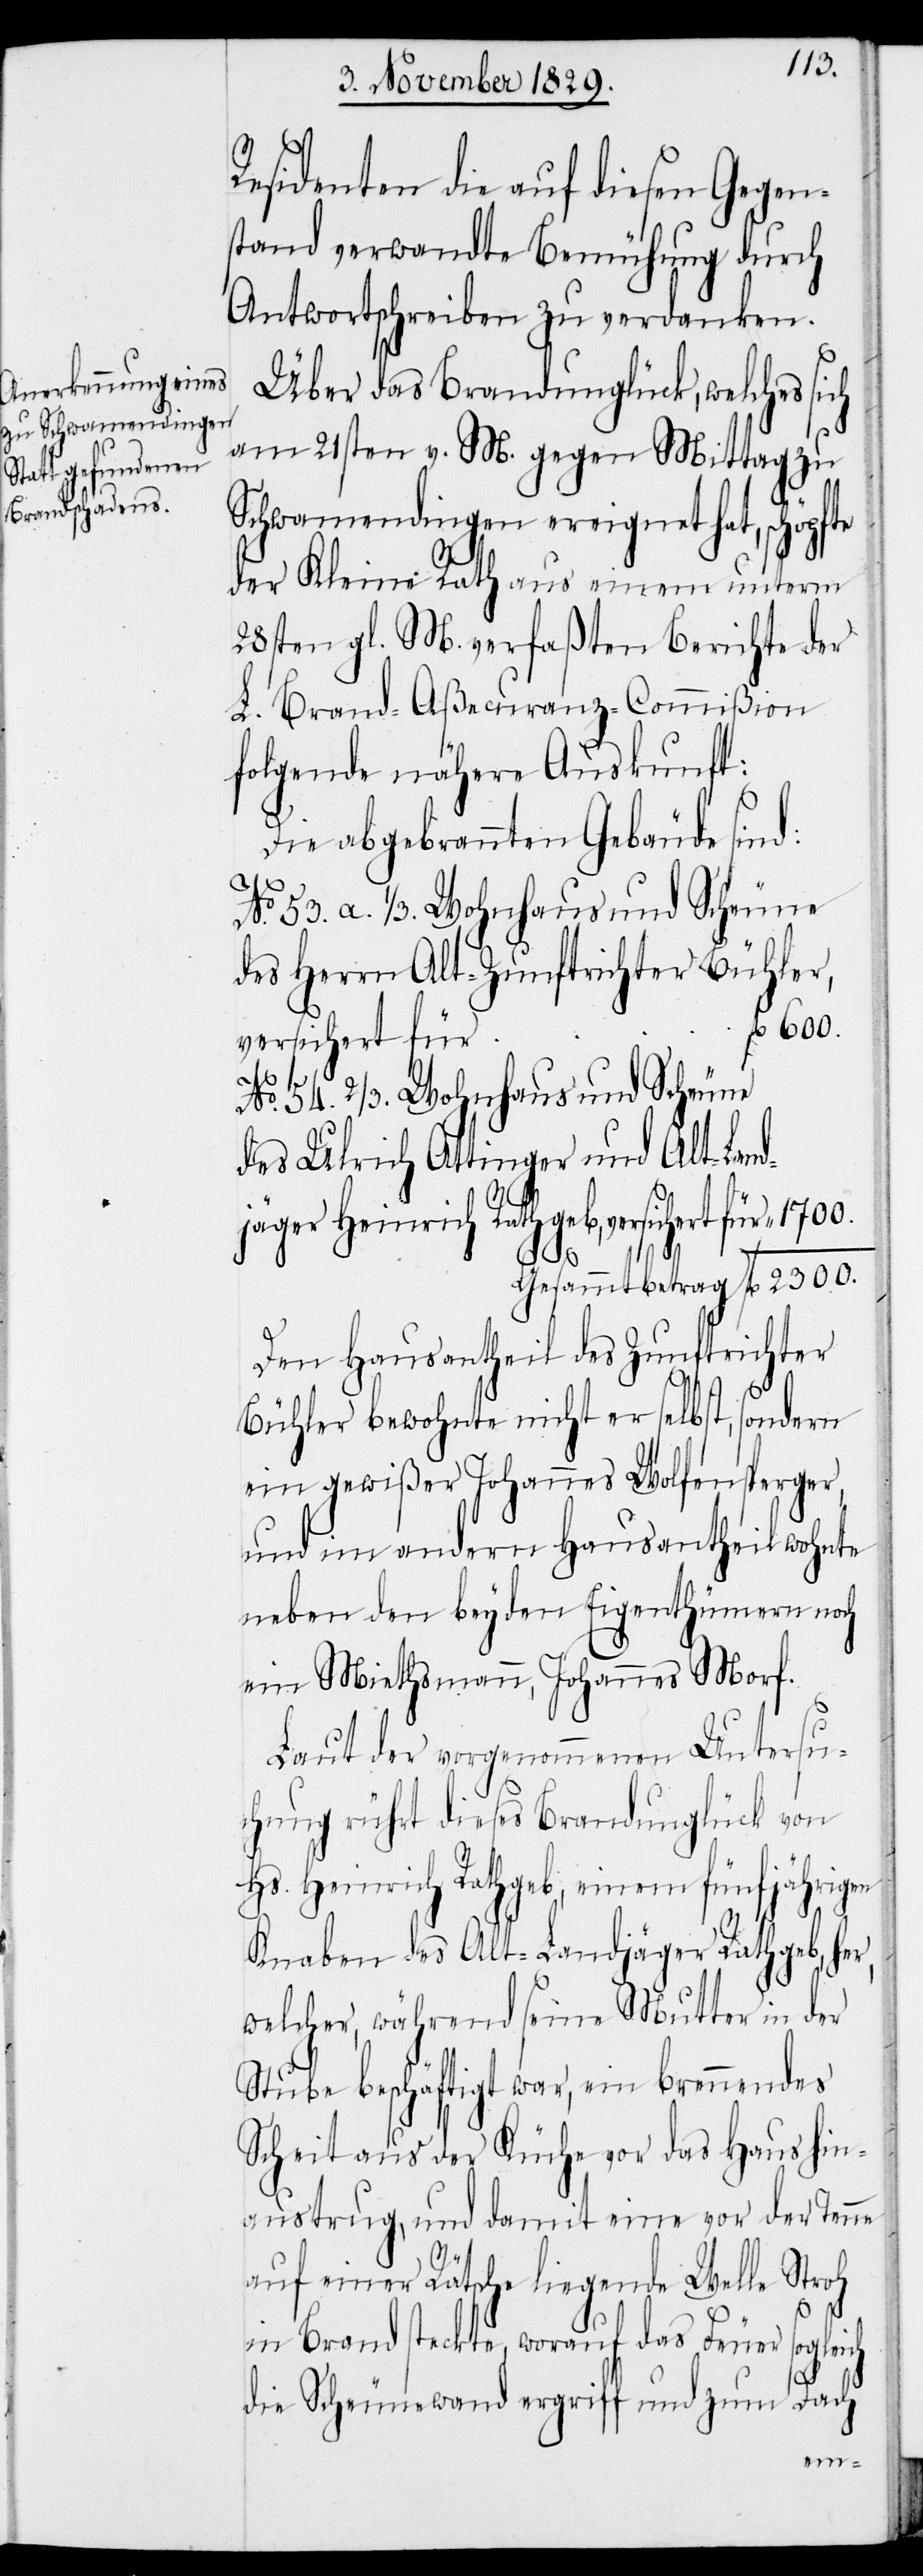
Residenten die auf diesen Gegen¬
stand verwandte Bemühung durch
Antwortschreiben zu verdanken.
Über das Brandunglück, welches sich
am 21sten v. M. gegen Mittag zu
Schwamendingen ereignet hat, schöpfte
der Kleine Rath aus einem unterm
28sten gl. M. verfaßten Berichte der
L. Brand-Aßecuranz-Commißion
folgende nähere Auskunft:
Die abgebrannten Gebäude sind:
No. 53.a. 1/3. Wohnhaus und Scheune
des Herrn Altzunftrichter Bühler,
l. 600.
versichert für		“
No. 54. 2/3. Wohnhaus und Scheune
Gesammtbetrag		“ 2300.
Den Hausantheil des Zunftrichter
Bühler bewohnte nicht er selbst, sondern
ein gewißer Johannes Wolfensperger,
und im andern Hausantheil wohnt
neben den beyden Eigenthümmern noch
ein Miethsmann, Johannes Morf.
Laut der vorgenommenen Untersu¬
chung rührt dieses Brandunglück von
Hs. Heinrich Rathgeb, einem fünfjährigen
Knaben des Alt-Landjäger Rathgeb her,
welcher, während seine Mutter in der
Stube beschäftigt war, ein brennendes
Scheit aus der Küche vor das Haus hin¬
austrug, und damit eine vor der Tanne
auf einer Rätsche liegende Welle Stroh
in Brand steckte, worauf das Feuer
Hei¬
Dach
die Scheunewand ergriff und zum